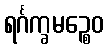
ရင်္ဂက္ခမဉ္စေဝ